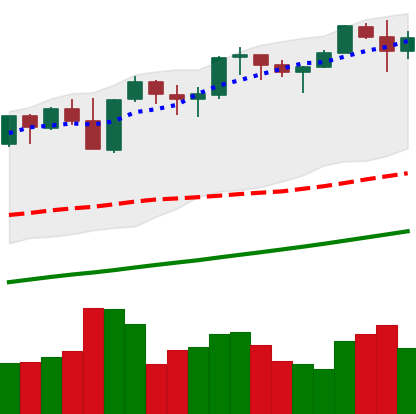
Ticker: ETH-USD
Chart end date: 2021-11-11
Forward return: -10.866%
Label: down_7plus